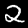
Digit: 2